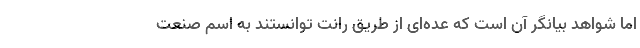
اما شواهد بیانگر آن است که عده‌ای از طریق رانت توانستند به اسم صنعت